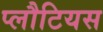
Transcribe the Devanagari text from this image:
प्लौटियस